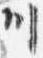
川